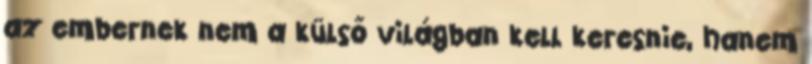
az embernek nem a külső világban kell keresnie, hanem